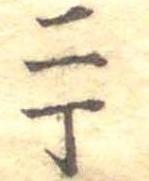
二丁